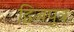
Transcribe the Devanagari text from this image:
द्विजपुत्रः